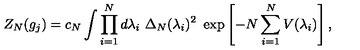
Z _ { N } ( g _ { j } ) = c _ { N } \int \prod _ { i = 1 } ^ { N } d \lambda _ { i } \ \Delta _ { N } ( \lambda _ { i } ) ^ { 2 } \ \exp \left[ - N \sum _ { i = 1 } ^ { N } V ( \lambda _ { i } ) \right] ,